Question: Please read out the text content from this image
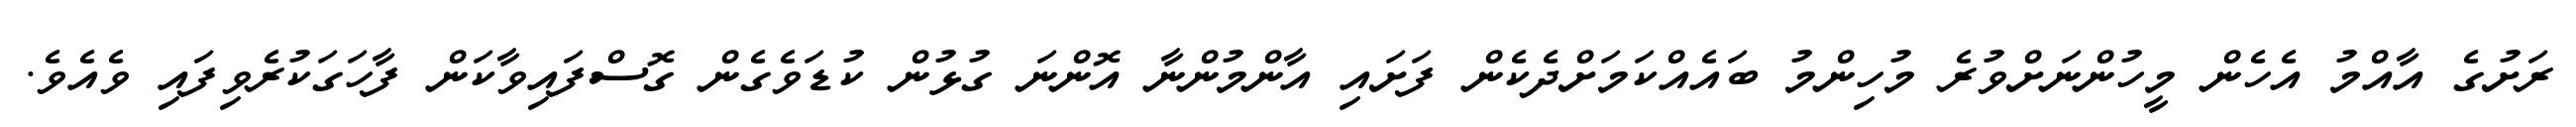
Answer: ރަށުގެ އާއްމު އެހެން މީހުންނަށްވުރެ މުހިންމު ބައެއްކަމަށްދެކެން ފަށައި އާންމުންނާ އޮންނަ ގުޅުން ކުޑަވެގެން ގޮސްފައިވާކަން ފާހަގަކުރެވިފައި ވެއެވެ.